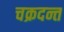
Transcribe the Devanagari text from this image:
चक्रदन्त